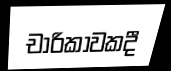
චාරිකාවකදී